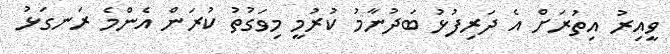
ވީއިރު އިތުރަށް އެ ދަރިފުޅު ބަދުނާމު ކުރުމީ މިވަގުތު ކުރަން އެންމެ ރަނގަޅު